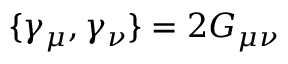
\{ \gamma _ { \mu } , \gamma _ { \nu } \} = 2 G _ { \mu \nu }